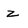
Character: z